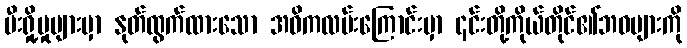
မီးရှို့မှုများမှာ နုတ်ထွက်ထားသော အဓိကလမ်းကြောင်းမှာ ၎င်းတို့ကိုယ်တိုင်၏ဘဝများကို